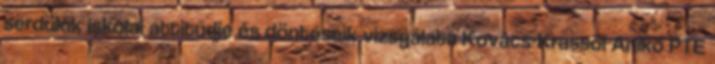
serdülők iskolai attitűdje és döntéseik vizsgálata Kovács-Krassói Anikó PTE